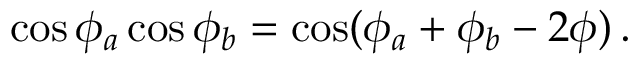
\cos \phi _ { a } \cos \phi _ { b } = \cos ( \phi _ { a } + \phi _ { b } - 2 \phi ) \, .